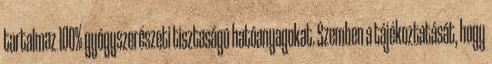
tartalmaz 100% gyógyszerészeti tisztaságú hatóanyagokat. Szemben a tájékoztatását, hogy